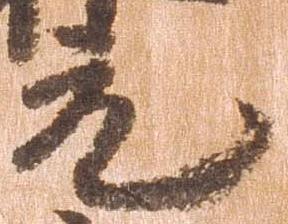
元